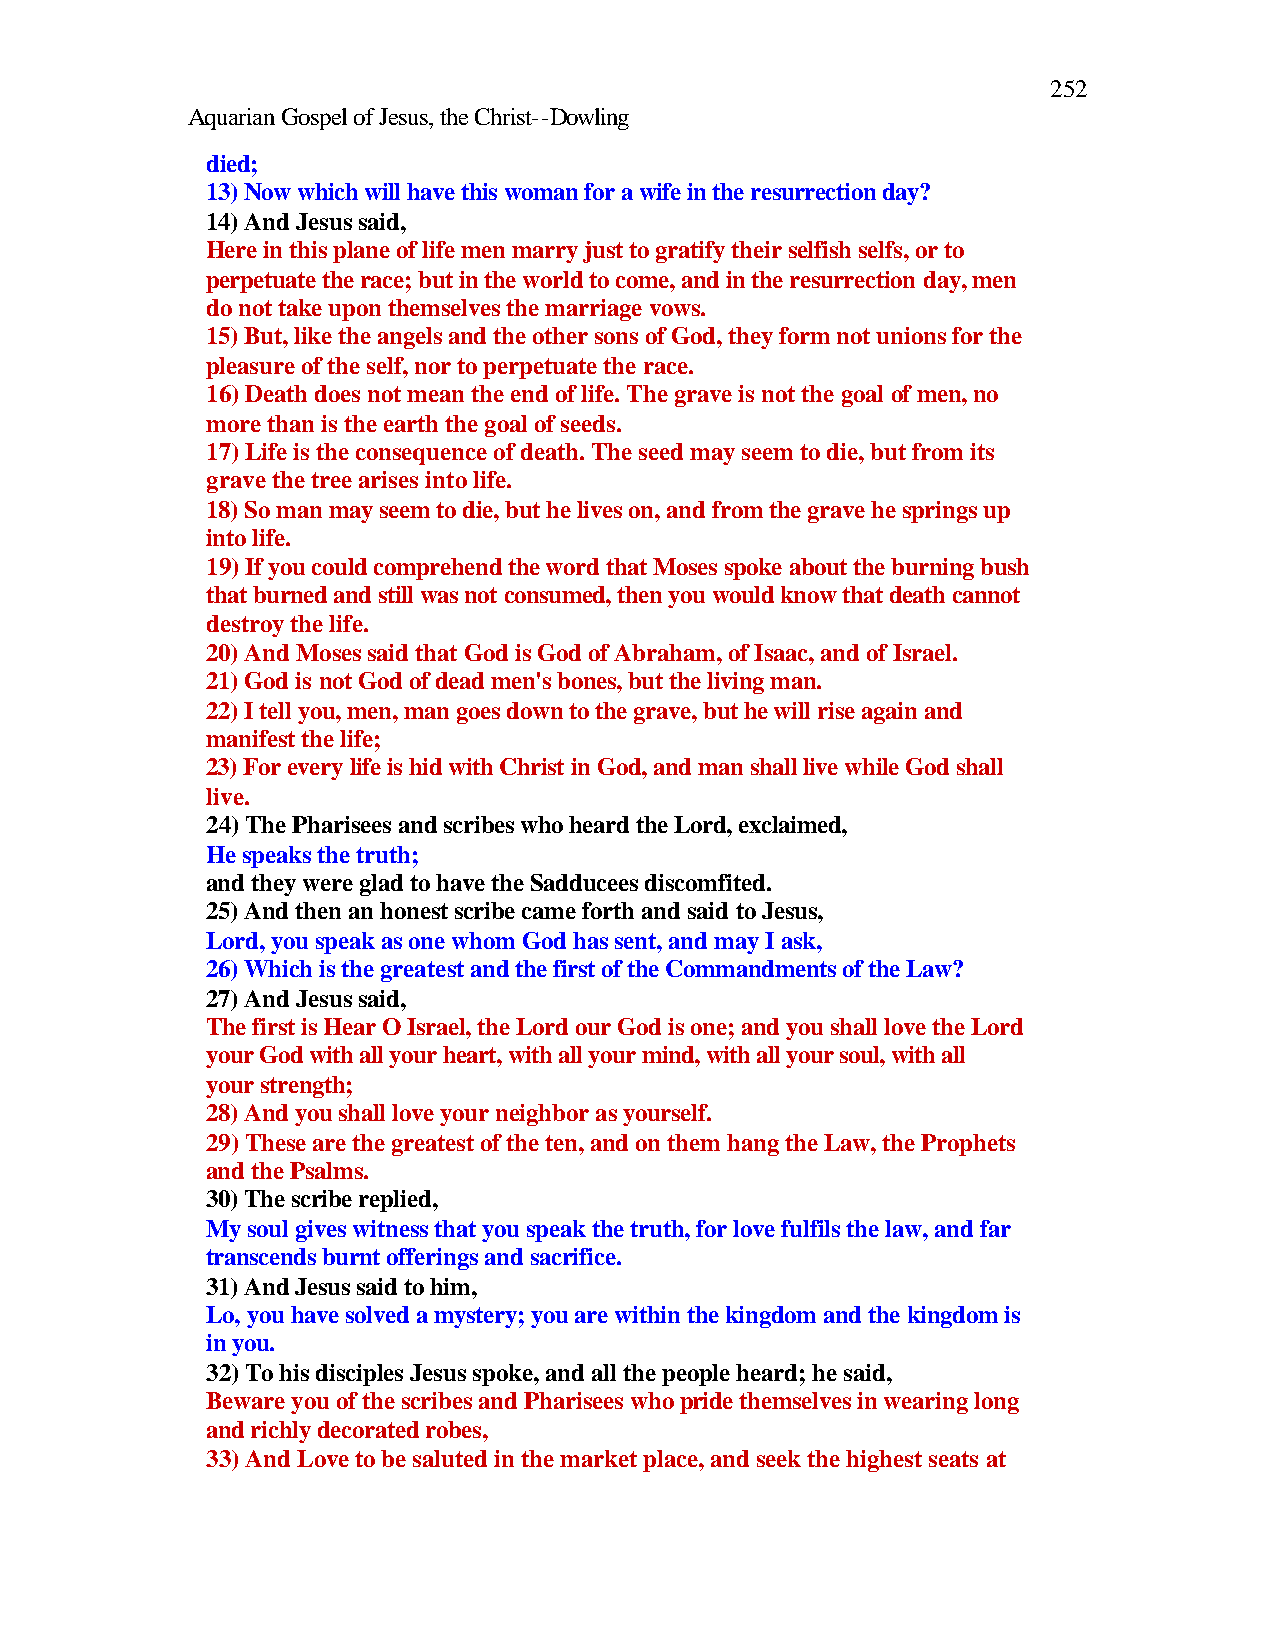
252
 Aquarian Gospel of Jesus, the Christ--Dowling
 died;
 13) Now which will have this woman for a wife in the resurrection day?
 14) And Jesus said,
 Here in this plane of life men marry just to gratify their selfish selfs, or to
 perpetuate the race; but in the world to come, and in the resurrection day, men
 do not take upon themselves the marriage vows.
 15) But, like the angels and the other sons of God, they form not unions for the
 pleasure of the self, nor to perpetuate the race.
 16) Death does not mean the end of life. The grave is not the goal of men, no
 more than is the earth the goal of seeds.
 17) Life is the consequence of death. The seed may seem to die, but from its
 grave the tree arises into life.
 18) So man may seem to die, but he lives on, and from the grave he springs up
 into life.
 19) If you could comprehend the word that Moses spoke about the burning bush
 that burned and still was not consumed, then you would know that death cannot
 destroy the life.
 20) And Moses said that God is God of Abraham, of Isaac, and of Israel.
 21) God is not God of dead men's bones, but the living man.
 22) I tell you, men, man goes down to the grave, but he will rise again and
 manifest the life;
 23) For every life is hid with Christ in God, and man shall live while God shall
 live.
 24) The Pharisees and scribes who heard the Lord, exclaimed,
 He speaks the truth;
 and they were glad to have the Sadducees discomfited.
 25) And then an honest scribe came forth and said to Jesus,
 Lord, you speak as one whom God has sent, and may I ask,
 26) Which is the greatest and the first of the Commandments of the Law?
 27) And Jesus said,
 The first is Hear O Israel, the Lord our God is one; and you shall love the Lord
 your God with all your heart, with all your mind, with all your soul, with all
 your strength;
 28) And you shall love your neighbor as yourself.
 29) These are the greatest of the ten, and on them hang the Law, the Prophets
 and the Psalms.
 30) The scribe replied,
 My soul gives witness that you speak the truth, for love fulfils the law, and far
 transcends burnt offerings and sacrifice.
 31) And Jesus said to him,
 Lo, you have solved a mystery; you are within the kingdom and the kingdom is
 in you.
 32) To his disciples Jesus spoke, and all the people heard; he said,
 Beware you of the scribes and Pharisees who pride themselves in wearing long
 and richly decorated robes,
 33) And Love to be saluted in the market place, and seek the highest seats at